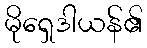
မိုရှေဒါယန်၏